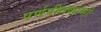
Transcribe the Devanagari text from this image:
पर्णपीतकाभों